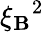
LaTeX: {\xi_{\mathbf{B}}}^{2}